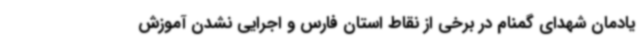
یادمان شهدای گمنام در برخی از نقاط استان فارس و اجرایی نشدن آموزش